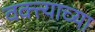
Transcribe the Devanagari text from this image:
वक्त्याच्या